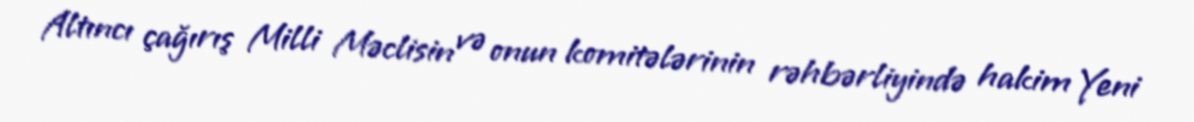
Altıncı çağırış Milli Məclisin və onun komitələrinin rəhbərliyində hakim Yeni